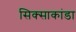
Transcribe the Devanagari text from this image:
सिक्साकांडा